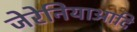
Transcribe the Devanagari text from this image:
जेरेनियाआदि